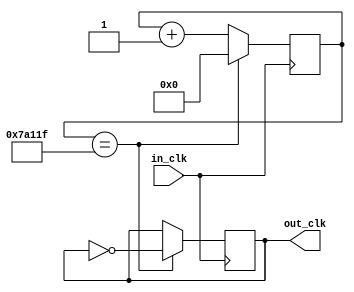
`timescale 1s / 1s
//////////////////////////////////////////////////////////////////////////////////
// Company: 
// Engineer: 
// 
// Design Name: 
// Module Name:    Cloc_divider 
// Project Name: 
// Target Devices: 
// Tool versions: 
// Description: 
//
// Dependencies: 
//
// Revision: 
// Revision 0.01 - File Created
// Additional Comments: 
//
//////////////////////////////////////////////////////////////////////////////////
module clock_divider(
    input in_clk,      // 100 MHz clock period of 10 ns
    output  out_clk 
);
	
	reg[32:0] count = 0;
reg tempclk = 0;
reg [15:0] tempctime = -1;

	
	always @(negedge in_clk)
	begin

		if (count == 499999) begin
		 count <= 0;
		 tempclk <= ~tempclk;
		end
		else begin
		  count <= count + 1;
		end
	end


    assign out_clk = tempclk;
    
    
    always @ (negedge out_clk) begin
    tempctime <= tempctime + 1;
    end
    

endmodule